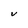
Character: V